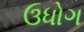
ઉધોગ